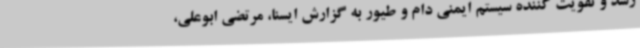
رشد و تقویت کننده سیستم ایمنی دام و طیور به گزارش ایسنا، مرتضی ابوعلی،